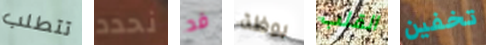
تتطلب نحدد قد بوظة القلب تخفين